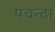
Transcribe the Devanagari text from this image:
पचन्दा